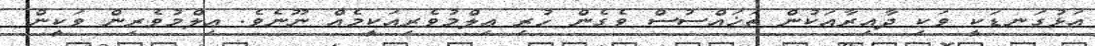
އަޅުގަނޑަކީ ވަކި ދާއިރާއަކުން ތަޚައްސުސް ވެގެން ހުރި ޢިލްމުވެރިއަކީމެއް ނޫނެވެ. ޢިލްމުވެރިން ވަކީން